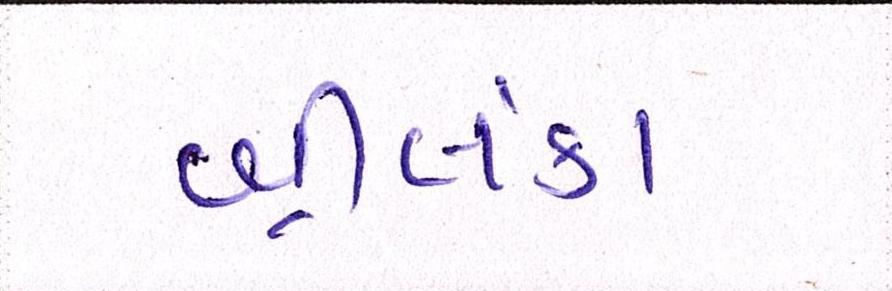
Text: શ્રીલંકા